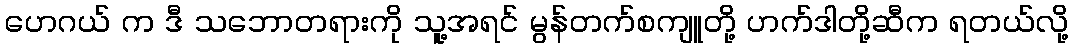
ဟေဂယ် က ဒီ သဘောတရားကို သူ့အရင် မွန်တက်စကျူတို့ ဟက်ဒါတို့ဆီက ရတယ်လို့